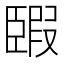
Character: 𦣯